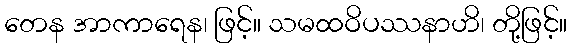
တေန အာကာရေန၊ ဖြင့်။ သမထဝိပဿနာဟိ၊ တို့ဖြင့်။